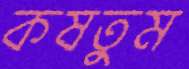
কষতুম